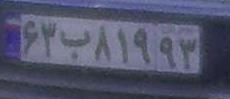
۶۳ب۸۱۹۹۳